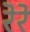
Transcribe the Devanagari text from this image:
रेरे